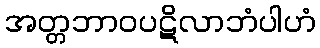
အတ္တဘာဝပဋိလာဘံပါဟံ